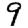
Digit: 9